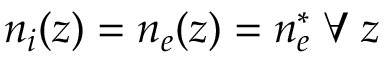
n _ { i } ( z ) = n _ { e } ( z ) = n _ { e } ^ { * } \; \forall \; z